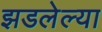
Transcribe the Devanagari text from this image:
झडलेल्या